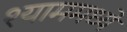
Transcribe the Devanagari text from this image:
श्याममध्ये